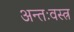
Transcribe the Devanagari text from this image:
अन्तःवस्त्र